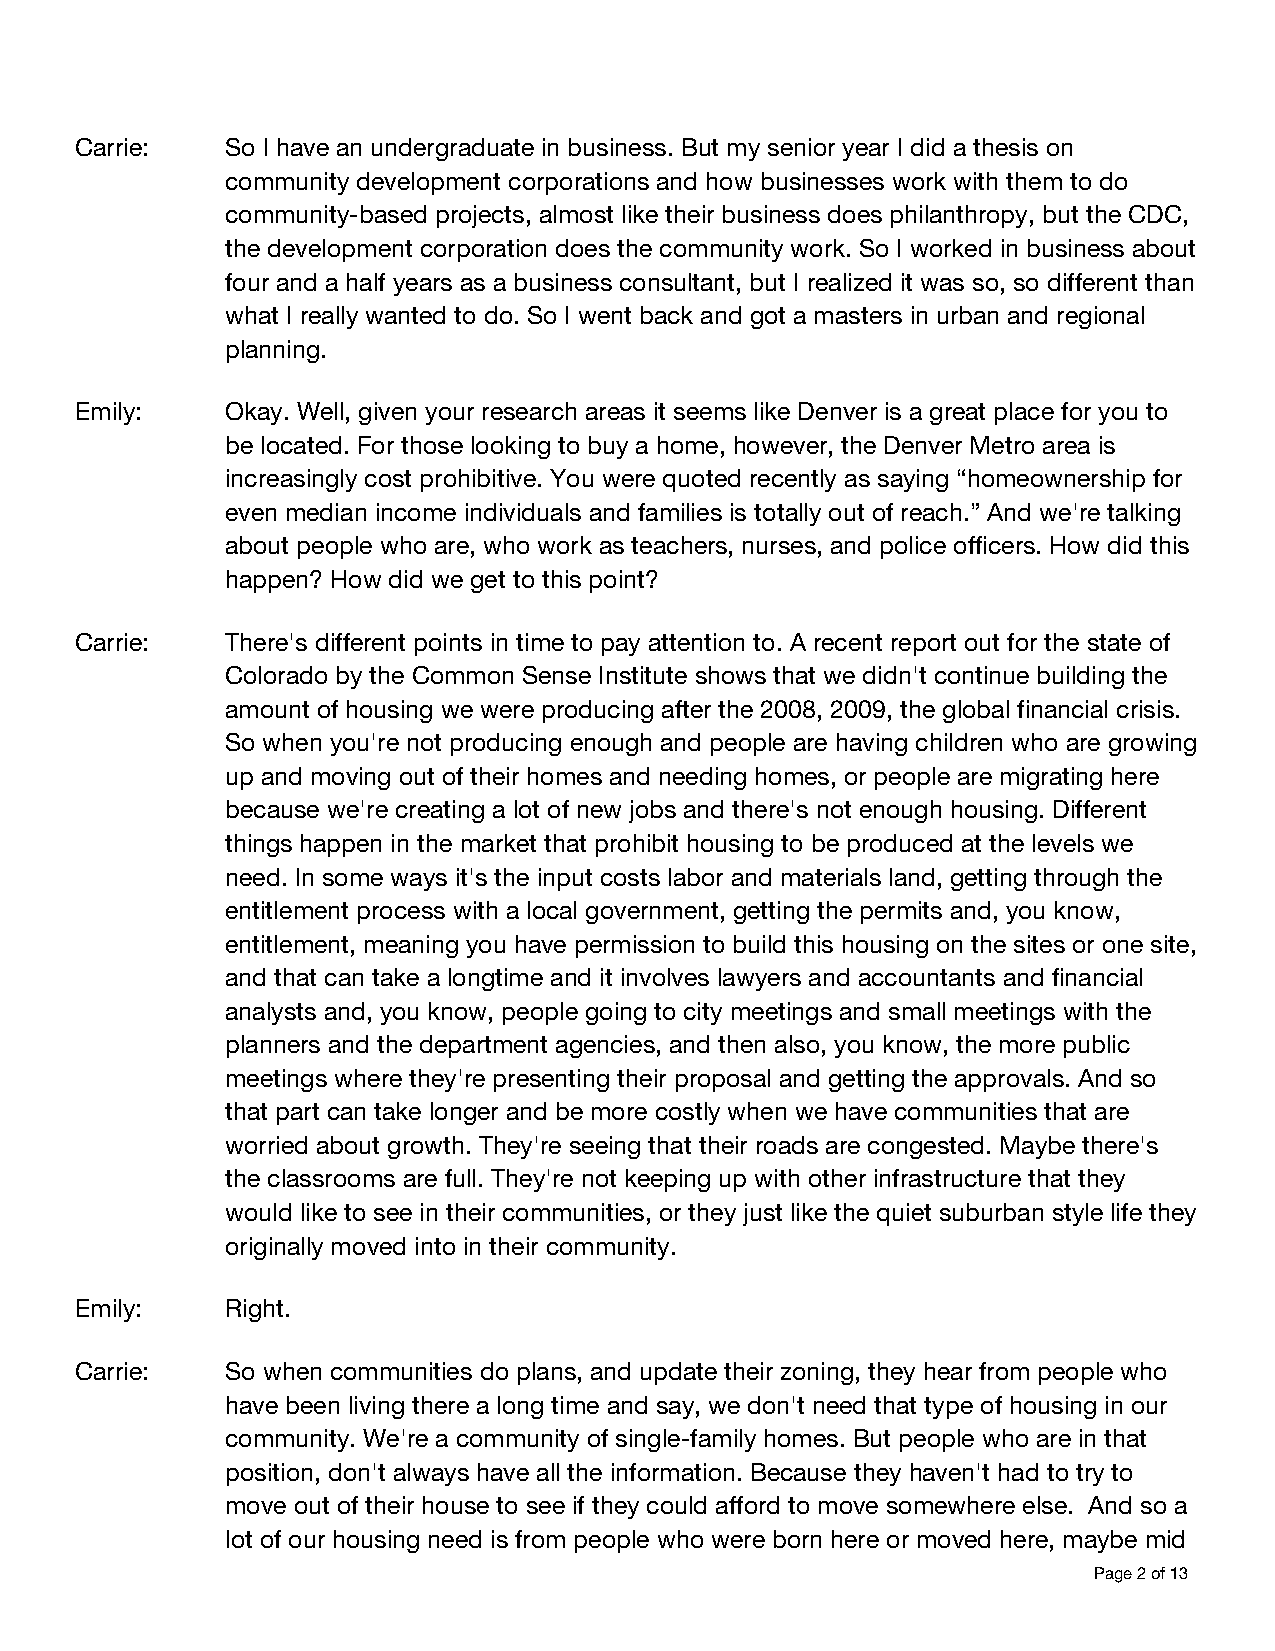
Carrie:   So I have an undergraduate in business. But my senior year I did a thesis on
 community development corporations and how businesses work with them to do
 community-based projects, almost like their business does philanthropy, but the CDC,
 the development corporation does the community work. So I worked in business about
 four and a half years as a business consultant, but I realized it was so, so different than
 what I really wanted to do. So I went back and got a masters in urban and regional
 planning.
 Emily:    Okay. Well, given your research areas it seems like Denver is a great place for you to
 be located. For those looking to buy a home, however, the Denver Metro area is
 increasingly cost prohibitive. You were quoted recently as saying “homeownership for
 even median income individuals and families is totally out of reach.” And we're talking
 about people who are, who work as teachers, nurses, and police officers. How did this
 happen? How did we get to this point?
 Carrie:   There's different points in time to pay attention to. A recent report out for the state of
 Colorado by the Common Sense Institute shows that we didn't continue building the
 amount of housing we were producing after the 2008, 2009, the global financial crisis.
 So when you're not producing enough and people are having children who are growing
 up and moving out of their homes and needing homes, or people are migrating here
 because we're creating a lot of new jobs and there's not enough housing. Different
 things happen in the market that prohibit housing to be produced at the levels we
 need. In some ways it's the input costs labor and materials land, getting through the
 entitlement process with a local government, getting the permits and, you know,
 entitlement, meaning you have permission to build this housing on the sites or one site,
 and that can take a longtime and it involves lawyers and accountants and financial
 analysts and, you know, people going to city meetings and small meetings with the
 planners and the department agencies, and then also, you know, the more public
 meetings where they're presenting their proposal and getting the approvals. And so
 that part can take longer and be more costly when we have communities that are
 worried about growth. They're seeing that their roads are congested. Maybe there's
 the classrooms are full. They're not keeping up with other infrastructure that they
 would like to see in their communities, or they just like the quiet suburban style life they
 originally moved into in their community.
 Emily:    Right.
 Carrie:   So when communities do plans, and update their zoning, they hear from people who
 have been living there a long time and say, we don't need that type of housing in our
 community. We're a community of single-family homes. But people who are in that
 position, don't always have all the information. Because they haven't had to try to
 move out of their house to see if they could afford to move somewhere else. And so a
 lot of our housing need is from people who were born here or moved here, maybe mid
 Page 2 of 13